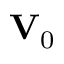
\mathbf { V } _ { 0 }